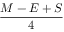
\frac { M - E + S } { 4 }